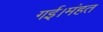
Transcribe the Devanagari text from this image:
गई।मंहत